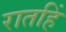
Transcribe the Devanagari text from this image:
रातहिं